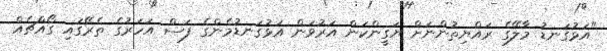
"އަޅުގަނޑު މާލޭގެ ރައްޔިތުންނަށް ޔަގީންކަން އަރުވަން އަޅުގަނޑުމެންގެ ފަސް އަހަރުގެ ތެރޭގައި ގޯއްޗެއް